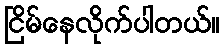
ငြိမ်နေလိုက်ပါတယ်။